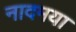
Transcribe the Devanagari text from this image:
नादमया